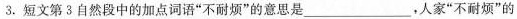
3.短文第3自然段中的加点词语”不耐烦”的意思是___人家”不耐烦”的